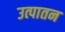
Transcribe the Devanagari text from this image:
उत्पातन